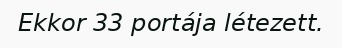
Ekkor 33 portája létezett.